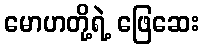
မောဟတို့ရဲ့ ဖြေဆေး